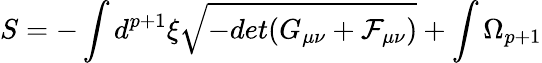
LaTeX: S=-\int d^{p+1}\xi\sqrt{-det(G_{\mu\nu}+{\cal F}_{\mu\nu})}+\int\Omega_{p+1}